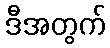
ဒီအတွက်